Papers set at the Examination for Leaving Certificates, 1894
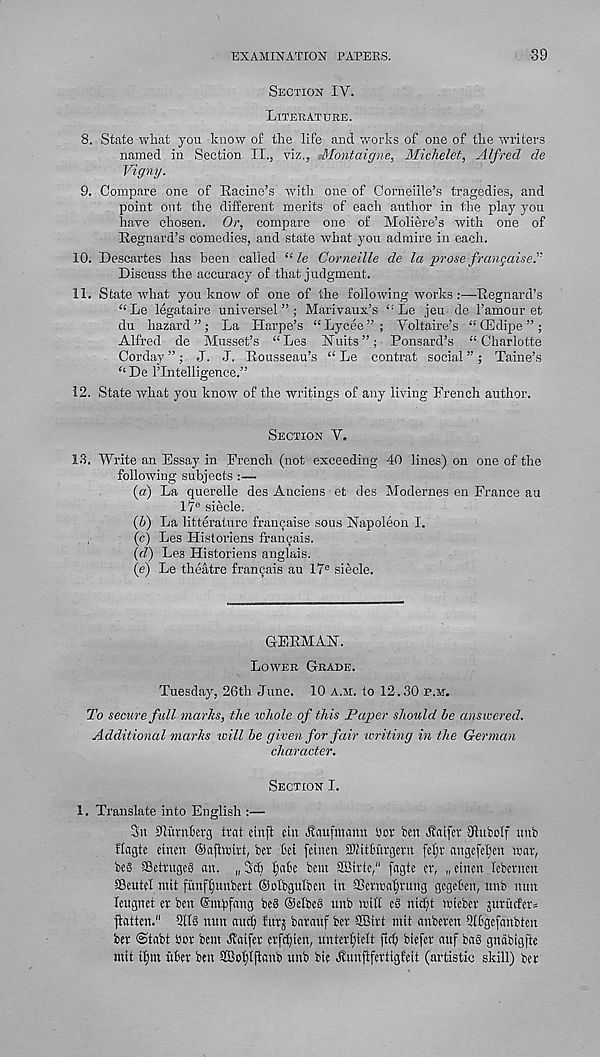
EXAMINATION PAPERS.
39
Section IV.
Literature.
8. State what you know of the life and works of one of the writers
named in Section II., viz., Montaigne, Michelet, Alfred de
Vigny.
9. Compare one of Racine’s with one of Corneille’s tragedies, and
point out the different merits of each author in the play you
have chosen. Or, compare one of Moliere’s with one of
Regnard’s comedies, and state what you admire in each.
10. Descartes has been called “ le Corneille de la prose frangaisei'
Discuss the accuracy of that judgment.
11. State what you know of one of the following works:—Regnard’s
“ Le legataire universel”; Marivaux’s “Le jeu de 1’amour et
du hazard”; La Harpe’s “Lycee”; Voltaire’s “CEdipe”;
Alfred de Musset’s “ Les Huits ”; Ponsard’s “ Charlotte
Corday ”; J. J. Rousseau’s “ Le contrat social ” ; Taine’s
‘‘ De I’lntelligence.”
12. State what you knotv of the writings of any living French author.
Section V.
IS. Write an Essay in French (not exceeding 40 lines) on one of the
following subjects:—
{a) La querelle des Anciens et des Modernes en France au
17° siecle.
[IS) La litteratnre francaise sous Napoleon I.
(c) Les Historiens framjais.
(dl) Les Historiens anglais.
(e) Le theatre frai^ais au 17 e siecle.
GERMAN.
Lower Grade.
Tuesday, 26th June. 10 a.ji. to 12.30 p.m.
To secure full marks, the whole of this Paper should he answered.
Additional marks will he given for fair writing in the German
character.
Section I.
1. Translate into English :—
3n Jlutnktg tint cinft eiu Haufmann yor ben Haifa - Otubolf unb
flagte einen ©afiwirt, ber lei feinen 2KitCutrgern fcfjt - angefeljen mar,
beS SSetrugeS an. „ 3c& I;a6e bent SBirte/ 1 fagte er, „ einen lebernen
SBeutel ntit fiinfljunbert Oolbgntben in iBetrcafjnntg gcgeben, unb nun
leugnet er ben (Sinyfang beS ©elbeS unb mitt e§ nid;t mieber jurMer*
flatten." 2llS nun au^ furj barauf ber SBirt ntit anberen 2I6gefanbteu
ber @tabt bur bent Haifa - erfc^ien, unterljielt ftcfi biefer auf ba§ gnabigfte
mit ilpn itBer ben Sffiofjlftanb unb bie Hunftfertigfeit (artistic skill) ber